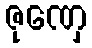
ဇုဏှေ